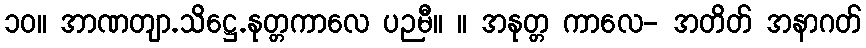
၁၀။ အာဏတျာ.သိဋ္ဌေ.နုတ္တကာလေ ပဉမီ။ ။ အနုတ္တ ကာလေ- အတိတ် အနာဂတ်